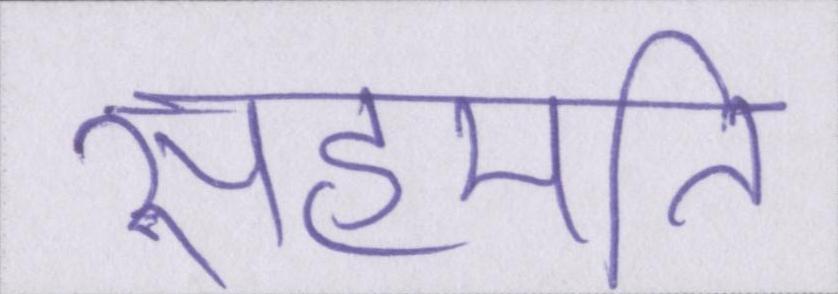
सहमति